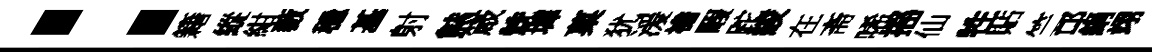
：籍縱紺藪穩基射㷱箴兟墀菓犹湲襜睱跎綾在斋唏摇仙牲貼竺邙絹翊